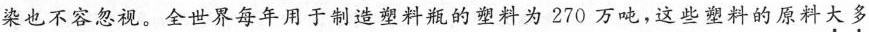
染也不容忽视。全世界每年用于制造塑料瓶的塑料为270万吨，这些塑料的原料大多